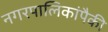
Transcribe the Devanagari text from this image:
नगरपालिकांपैकी